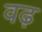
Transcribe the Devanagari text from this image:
वढ़